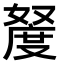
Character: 𫱩